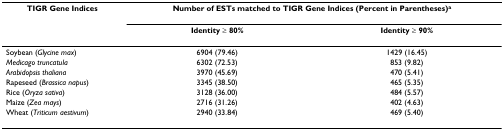
<table><thead><tr><td><b>TIGR Gene Indices</b></td><td colspan="2"><b>Number of ESTs matched to TIGR Gene Indices (Percent in Parentheses)<sup>a</sup></b></td></tr><tr><td></td><td><b>Identity ≥ 80%</b></td><td><b>Identity ≥ 90%</b></td></tr></thead><tbody><tr><td>Soybean (<i>Glycine max</i>)</td><td>6904 (79.46)</td><td>1429 (16.45)</td></tr><tr><td><i>Medicago truncatula</i></td><td>6302 (72.53)</td><td>853 (9.82)</td></tr><tr><td><i>Arabidopsis thaliana</i></td><td>3970 (45.69)</td><td>470 (5.41)</td></tr><tr><td>Rapeseed (<i>Brassica napus</i>)</td><td>3345 (38.50)</td><td>465 (5.35)</td></tr><tr><td>Rice (<i>Oryza sativa</i>)</td><td>3128 (36.00)</td><td>484 (5.57)</td></tr><tr><td>Maize (<i>Zea mays</i>)</td><td>2716 (31.26)</td><td>402 (4.63)</td></tr><tr><td>Wheat (<i>Triticum aestivum</i>)</td><td>2940 (33.84)</td><td>469 (5.40)</td></tr></tbody></table>